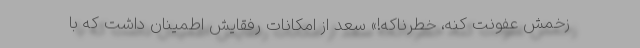
زخمش عفونت کنه، خطرناکه!» سعد از امکانات رفقایش اطمینان داشت که با